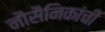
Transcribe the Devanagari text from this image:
नौसैनिकांची